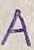
Text: A